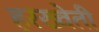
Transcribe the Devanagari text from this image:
हरख्वेती